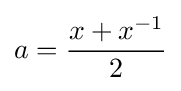
a={\frac {x+x^{-1}}{2}}